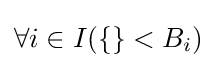
\forall i\in I(\{\}<B_{i})